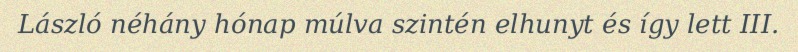
László néhány hónap múlva szintén elhunyt és így lett III.